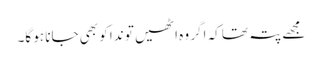
مجھے پتہ تھا کہ اگر وہ اٹھیں تو ندا کو بھی جانا ہو گا۔